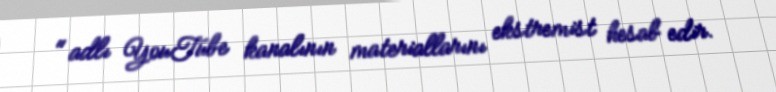
" adlı YouTube kanalının materiallarını ekstremist hesab edir.